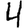
Digit: 4